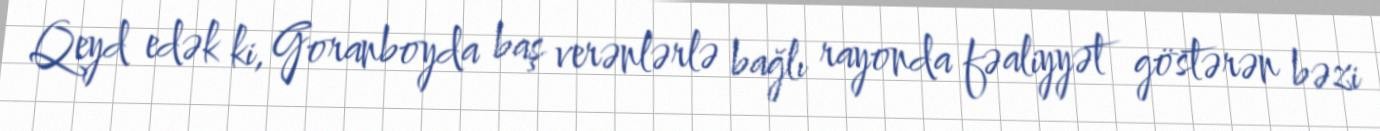
Qeyd edək ki, Goranboyda baş verənlərlə bağlı rayonda fəaliyyət göstərən bəzi